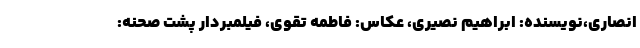
انصاری،نویسنده: ابراهیم نصیری، عکاس: فاطمه تقوی، فیلمبردار پشت صحنه: